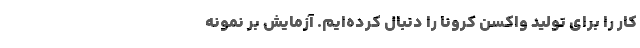
کار را برای تولید واکسن کرونا را دنبال کرده‌ایم. آزمایش بر نمونه